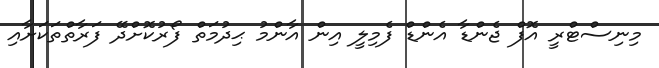
މިނިސްޓްރީ އޮފް ޖެންޑާ އެންޑް ފެމިލީ އިން އާންމު ޙިދުމަތް ފޯރުކޮށްދޭ ފަރާތްތަކަށާއި